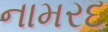
નામરદ